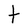
Character: t